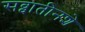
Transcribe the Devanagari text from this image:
सव्वातीनशे